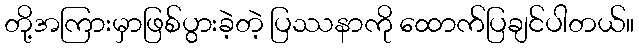
တို့အကြားမှာဖြစ်ပွားခဲ့တဲ့ ပြဿနာကို ထောက်ပြချင်ပါတယ်။